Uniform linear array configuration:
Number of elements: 64
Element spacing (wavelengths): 0.75
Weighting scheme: blackman
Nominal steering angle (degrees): -15
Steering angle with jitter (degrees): -15.551
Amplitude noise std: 0.05
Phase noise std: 0.05

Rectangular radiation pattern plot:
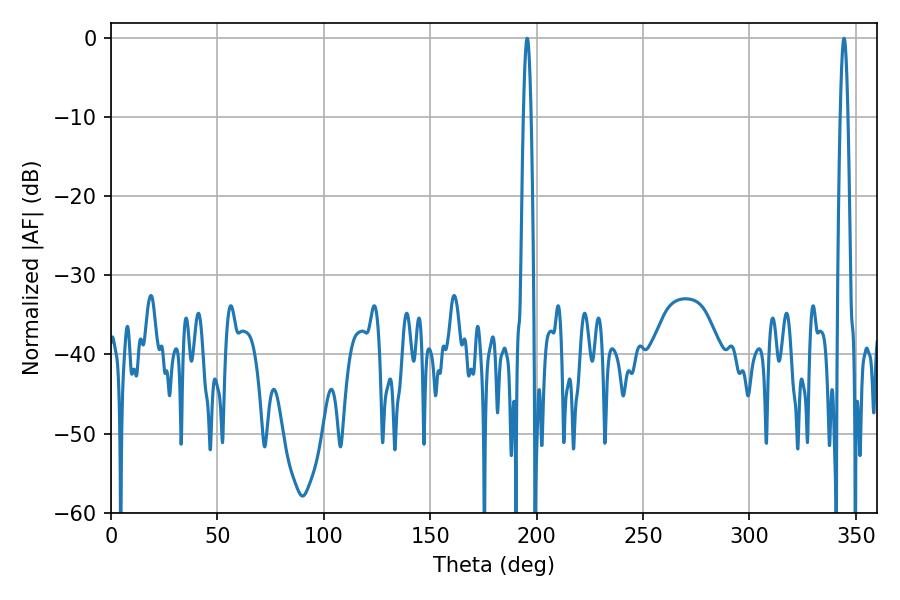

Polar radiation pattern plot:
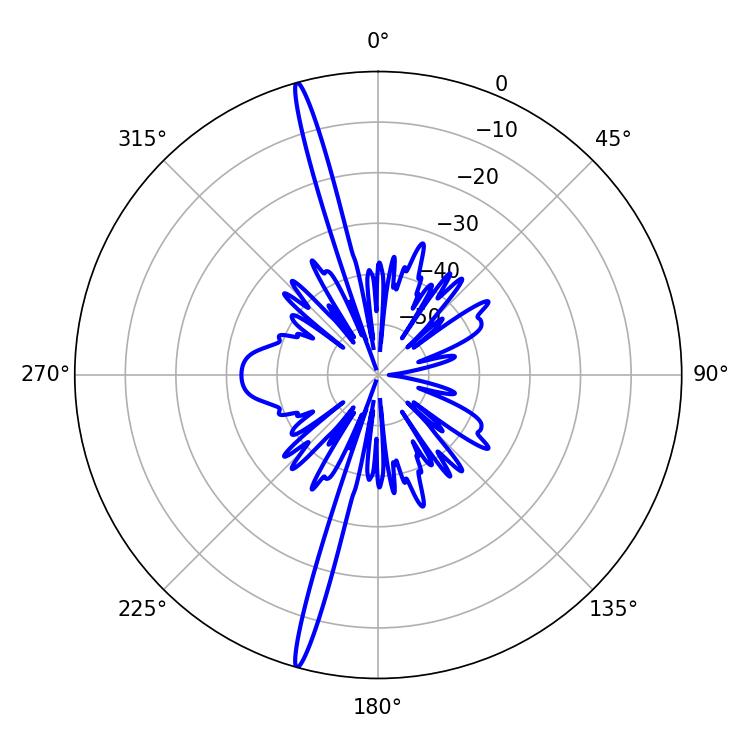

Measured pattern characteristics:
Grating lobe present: TRUE
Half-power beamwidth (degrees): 1.98
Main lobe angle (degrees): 344.52